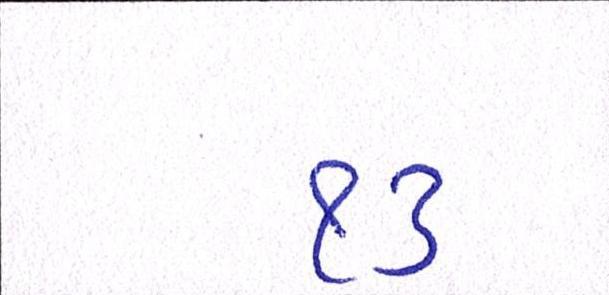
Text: ૧૩